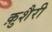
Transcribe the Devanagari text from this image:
क़ुशैरी